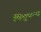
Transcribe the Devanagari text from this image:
विघ्रुपन्थ